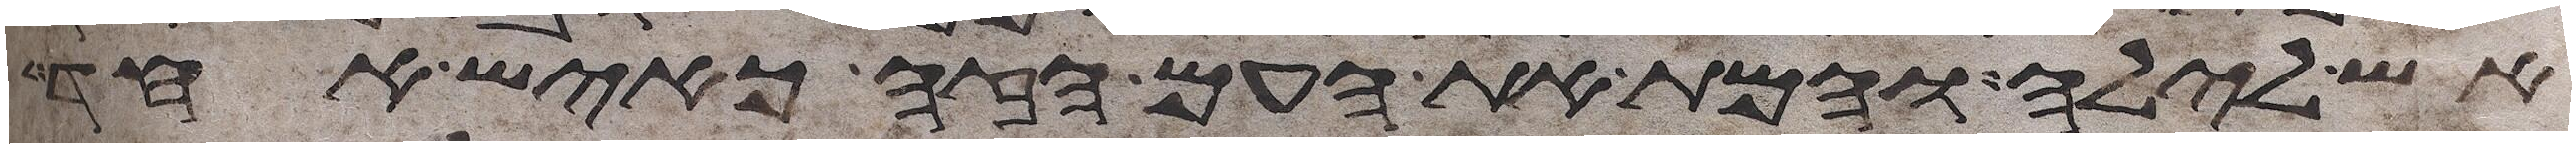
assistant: אש לילה והמת את העם הזה כאיש אחד